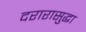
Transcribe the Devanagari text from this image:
दरारासुद्धा